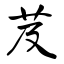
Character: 芨